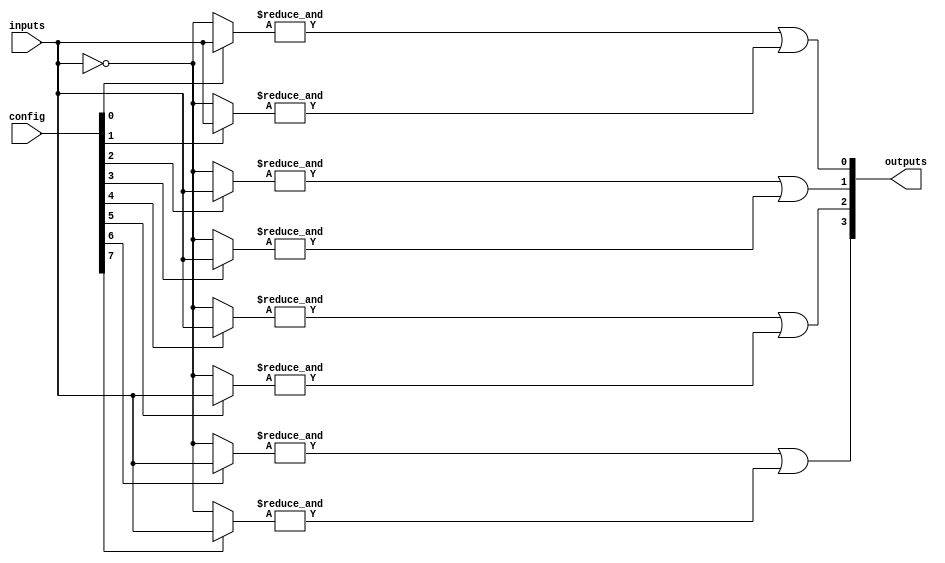
module GAL (
    input wire [N-1:0] inputs,        // N input signals
    input wire [M-1:0] config,        // Configuration memory for AND array
    output wire [P-1:0] outputs       // P output signals
);
    parameter N = 8;                  // Number of inputs
    parameter M = 16;                 // Number of AND gates
    parameter P = 4;                  // Number of OR gates

    // Internal signals for AND gates
    wire [M-1:0] and_out;             // Outputs of AND gates
    wire [P-1:0] or_out;              // Outputs of OR gates

    // AND array
    genvar i;
    generate
        for (i = 0; i < M; i = i + 1) begin : and_array
            wire [N-1:0] and_inputs;
            
            // Generate inputs for each AND gate based on config
            assign and_inputs = config[i] ? inputs : ~inputs; // Example of using config to select inputs
            
            // AND gate logic (considering N inputs)
            assign and_out[i] = &and_inputs; // AND operation
        end
    endgenerate

    // OR array
    genvar j;
    generate
        for (j = 0; j < P; j = j + 1) begin : or_array
            // Example of connecting AND gates to OR gates
            assign or_out[j] = or_logic(j); // Call an OR logic function for each output
        end
    endgenerate

    // Logic to implement OR gates
    function [P-1:0] or_logic;
        input [3:0] idx; // Input index for selecting which AND outputs to OR
        begin
            // Example of ORing specific AND gates (can be made programmable)
            case (idx)
                0: or_logic = and_out[0] | and_out[1]; // Example connection
                1: or_logic = and_out[2] | and_out[3];
                2: or_logic = and_out[4] | and_out[5];
                3: or_logic = and_out[6] | and_out[7];
                default: or_logic = 0;
            endcase
        end
    endfunction

    // Assign outputs from the OR array
    assign outputs = or_out;

endmodule